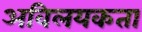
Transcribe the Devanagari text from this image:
अविलयकता